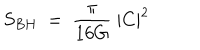
S _ { B H } ~ = ~ { \frac { \pi } { 1 6 G } } ~ | C | ^ { 2 } ~